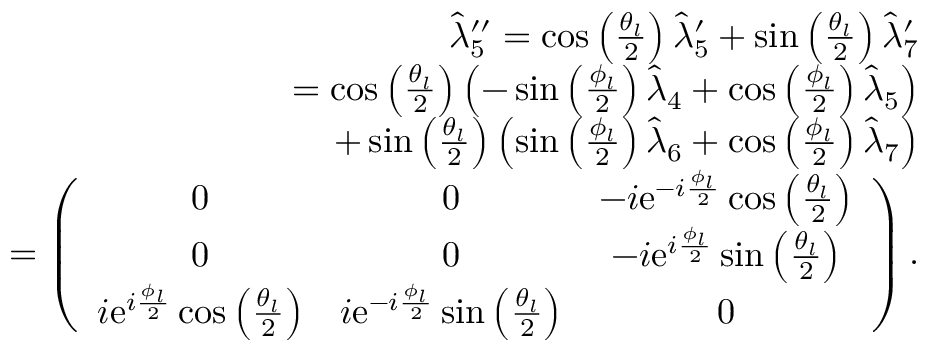
\begin{array} { r l r } & { } & { \hat { \lambda } _ { 5 } ^ { \prime \prime } = \cos \left( \frac { \theta _ { l } } { 2 } \right) \hat { \lambda } _ { 5 } ^ { \prime } + \sin \left( \frac { \theta _ { l } } { 2 } \right) \hat { \lambda } _ { 7 } ^ { \prime } } \\ & { } & { = \cos \left( \frac { \theta _ { l } } { 2 } \right) \left( - \sin \left( \frac { \phi _ { l } } { 2 } \right) \hat { \lambda } _ { 4 } + \cos \left( \frac { \phi _ { l } } { 2 } \right) \hat { \lambda } _ { 5 } \right) } \\ & { } & { \ \ + \sin \left( \frac { \theta _ { l } } { 2 } \right) \left( \sin \left( \frac { \phi _ { l } } { 2 } \right) \hat { \lambda } _ { 6 } + \cos \left( \frac { \phi _ { l } } { 2 } \right) \hat { \lambda } _ { 7 } \right) } \\ & { } & { = \left( \begin{array} { c c c } { 0 } & { 0 } & { - i \mathrm { e } ^ { - i \frac { \phi _ { l } } { 2 } } \cos \left( \frac { \theta _ { l } } { 2 } \right) } \\ { 0 } & { 0 } & { - i \mathrm { e } ^ { i \frac { \phi _ { l } } { 2 } } \sin \left( \frac { \theta _ { l } } { 2 } \right) } \\ { i \mathrm { e } ^ { i \frac { \phi _ { l } } { 2 } } \cos \left( \frac { \theta _ { l } } { 2 } \right) } & { i \mathrm { e } ^ { - i \frac { \phi _ { l } } { 2 } } \sin \left( \frac { \theta _ { l } } { 2 } \right) } & { 0 } \end{array} \right) . } \end{array}